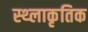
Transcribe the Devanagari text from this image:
स्थ्लाकृतिक